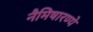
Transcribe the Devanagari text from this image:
नैमिषारण्ये